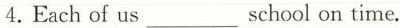
4. Each of us ___ school on time.